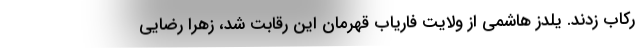
رکاب زدند. یلدز هاشمی از ولایت فاریاب قهرمان این رقابت شد، زهرا رضایی